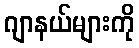
ဂျာနယ်များကို